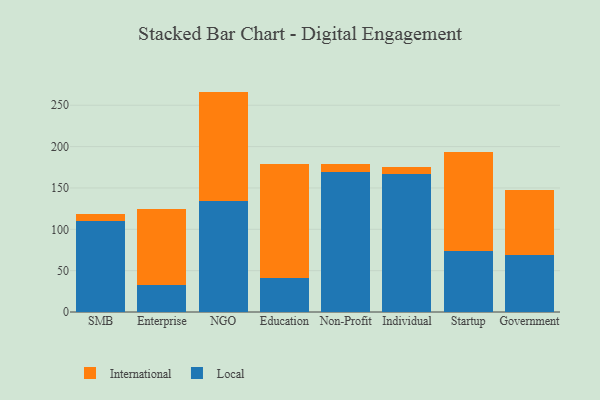
{"axis": {"x": "Segment", "y": "Budget (USD K)"}, "legend": ["International", "Local"], "data": [{"x": "SMB", "y": 110.3, "type": "Local"}, {"x": "SMB", "y": 7.8, "type": "International"}, {"x": "Enterprise", "y": 32.6, "type": "Local"}, {"x": "Enterprise", "y": 91.7, "type": "International"}, {"x": "NGO", "y": 134.4, "type": "Local"}, {"x": "NGO", "y": 132.1, "type": "International"}, {"x": "Education", "y": 40.8, "type": "Local"}, {"x": "Education", "y": 137.8, "type": "International"}, {"x": "Non-Profit", "y": 169.6, "type": "Local"}, {"x": "Non-Profit", "y": 9.9, "type": "International"}, {"x": "Individual", "y": 167.1, "type": "Local"}, {"x": "Individual", "y": 8.3, "type": "International"}, {"x": "Startup", "y": 73.4, "type": "Local"}, {"x": "Startup", "y": 120.2, "type": "International"}, {"x": "Government", "y": 69.2, "type": "Local"}, {"x": "Government", "y": 78.8, "type": "International"}]}